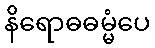
နိရောဓဓမ္မံပေ